Medical and sanitary report of the native army of Madras for the year
Year: 1876
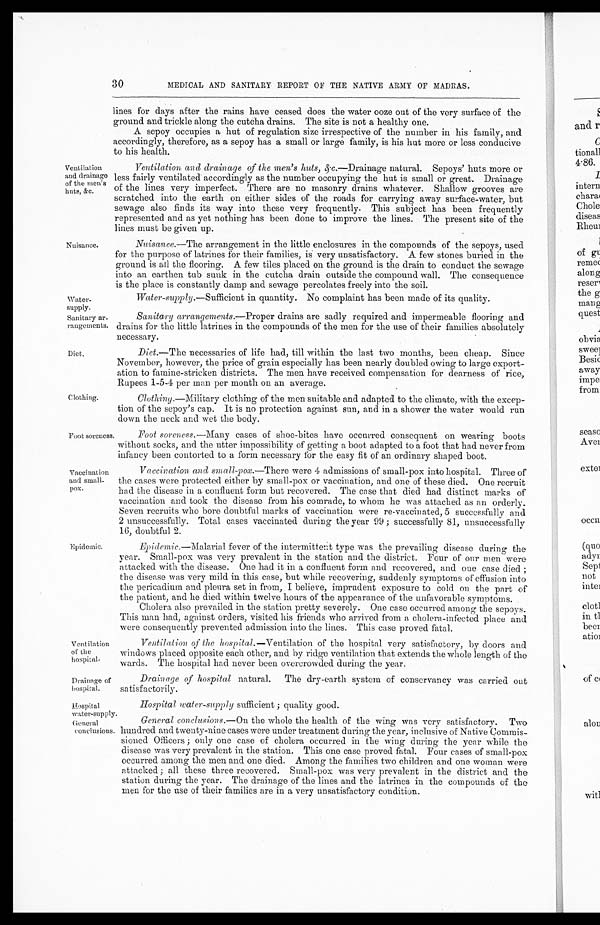
Water
-supply.
Sanitary ar
-rangements.
Diet.
Ventilation
of the
hospital.
Drainage of
hospital.
Hospital
water-supply.
General
conclusions.
30
MEDICAL AND SANITARY REPORT OF THE NATIVE ARMY OF MADRAS.
Ventilation
and drainage
of the men's
huts, &c.
Nuisance.
Clothing.
lines for days after the rains have ceased does the water ooze out of the very surface of the
ground and trickle along the cutcha drains. The site is not a healthy one.
A sepoy occupies a hut of regulation size irrespective of the number in his family, and
accordingly, therefore, as a sepoy has a small or large family, is his hut more or less conducive
to his health.
Ventilation and drainage of the men's huts, &c.— Drainage natural. Sepoys' huts more or
less fairly ventilated accordingly as the number occupying the hut is small or great. Drainage
of the lines very imperfect. There are no masonry drains whatever. Shallow grooves are
scratched into the earth on either sides of the roads for carrying away surface-water, but
sewage also finds its way into these very frequently. This subject has been frequently
represented and as yet nothing has been done to improve the lines. The present site of the
lines must be given up.
Nuisance.— The arrangement in the little enclosures in the compounds of the sepoys, used
for the purpose of latrines for their families, is very unsatisfactory. A few stones buried in the
ground is all the flooring. A few tiles placed on the ground is the drain to conduct the sewage
into an earthen tub sunk in the cutcha drain outside the compound wall. The consequence
is the place is constantly damp and sewage percolates freely into the soil.
Water-supply.— Sufficient in quantity. No complaint has been made of its quality.
Sanitary arrangements.— Proper drains are sadly required and impermeable flooring and
drains for the little latrines in the compounds of the men for the use of their families absolutely
necessary.
Diet.— The necessaries of life had, till within the last two months, been cheap. Since
November, however, the price of grain especially has been nearly doubled owing to large export
- a t i o n t o f a m i n e - s t r i c k e n d i s t r i c t s . T h e m e n h a v e r e c e i v e d c o m p e n s a t i o n f o r d e a r n e s s o f r i c e ,
Rupees 1-5-4 per man per month on an average.
Clothing. —Military clothing of the men suitable and adapted to the climate, with the excep
-tion of the sepoy's cap. It is no protection against sun, and in a shower the water would run
down the neck and wet the body.
Foot soreness.
Vaccination
and small--
pox.
Epidemic.
Foot soreness.— Many cases of shoe-bites have occurred consequent on wearing boots
without socks, and the utter impossibility of getting a boot adapted to a foot that had never from
infancy been contorted to a form necessary for the easy fit of an ordinary shaped boot.
Vaccination and small-pox .—There were 4 admissions of small-pox into hospital. Three of
the cases were protected either by small-pox or vaccination, and one of these died. One recruit
had the disease in a confluent form but recovered. The case that died had distinct marks of
vaccination and took the disease from his comrade, to whom he was attached as an orderly.
Seven recruits who bore doubtful marks of vaccination were re-vaccinated, 5 successfully and
2 unsuccessfully. Total cases vaccinated during the year 99; successfully 81, unsuccessfully
16, doubtful 2.
Epidemic .—Malarial fever of the intermittent type was the prevailing disease during the
year. Small-pox was very prevalent in the station and the district. Four of our men were
attacked with the disease. One had it in a confluent form and recovered, and one case died;
the disease was very mild in this case, but while recovering, suddenly symptoms of effusion into
the pericadium and pleura set in from, I believe, imprudent exposure to cold on the part of
the patient, and he died within twelve hours of the appearance of the unfavorable symptoms.
Cholera also prevailed in the station pretty severely. One case occurred among the sepoys.
This man had, against orders, visited his friends who arrived from a cholera-infected place and
were consequently prevented admission into the lines. This case proved fatal.
Ventilation of the hospital .—Ventilation of the hospital very satisfactory, by doors and
windows placed opposite each other, and by ridge ventilation that extends the whole length of the
wards. The hospital had never been overcrowded during the year.
Drainage of hospital natural. The dry-earth system of conservancy was carried out
satisfactorily.
Hospital water-supply sufficient ; quality good.
General conclusions.— On the whole the health of the wing was very satisfactory. Two
hundred and twenty-nine cases were under treatment during the year, inclusive of Native Commis
-sioned Officers; only one case of cholera occurred in the wing during the year while the
disease was very prevalent in the station. This one case proved fatal. Four cases of small-pox
occurred among the men and one died. Among the families two children and one woman were
attacked; all these three recovered. Small-pox was very prevalent in the district and the
station during the year. The drainage of the lines and the latrines in the compounds of the
men for the use of their families are in a very unsatisfactory condition.